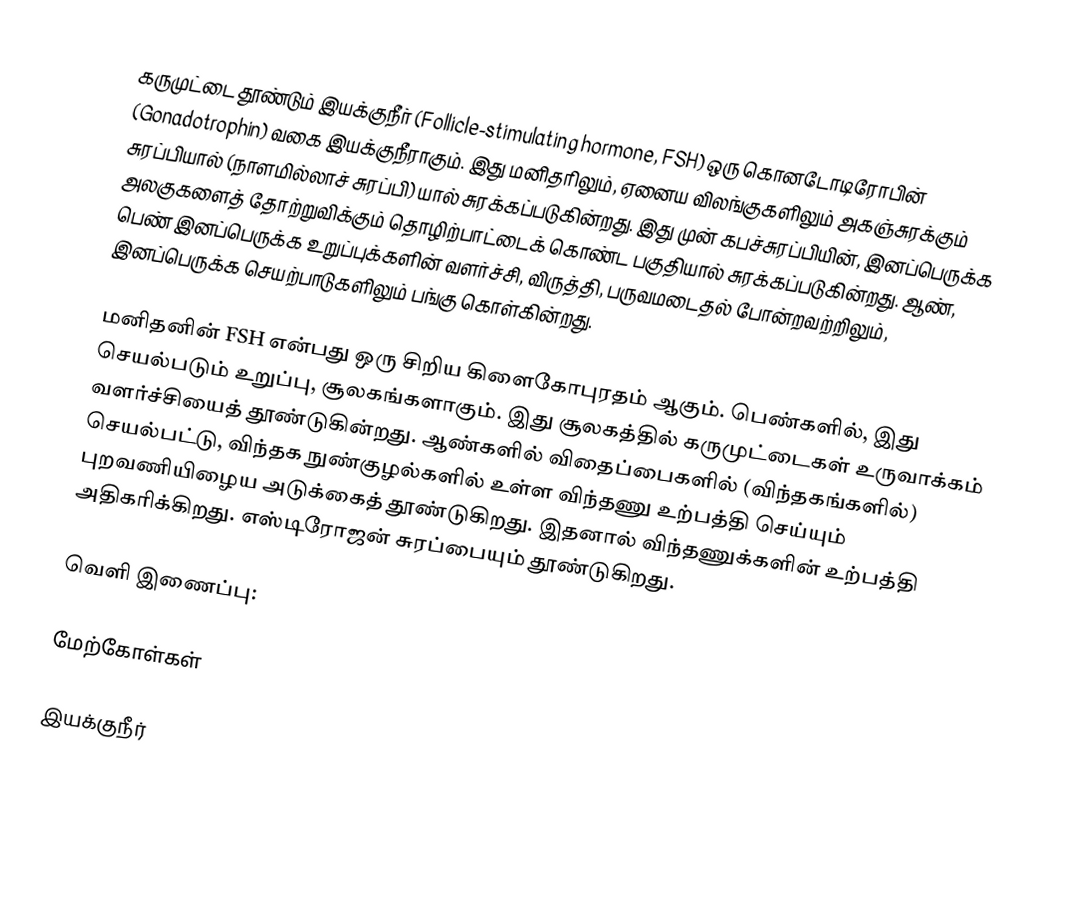
கருமுட்டை தூண்டும் இயக்குநீர் (Follicle-stimulating hormone, FSH) ஒரு கொனடோடிரோபின் (Gonadotrophin) வகை இயக்குநீராகும். இது மனிதரிலும், ஏனைய விலங்குகளிலும் அகஞ்சுரக்கும் சுரப்பியால் (நாளமில்லாச் சுரப்பி) யால் சுரக்கப்படுகின்றது. இது முன் கபச்சுரப்பியின், இனப்பெருக்க அலகுகளைத் தோற்றுவிக்கும் தொழிற்பாட்டைக் கொண்ட பகுதியால் சுரக்கப்படுகின்றது. ஆண், பெண் இனப்பெருக்க உறுப்புக்களின் வளர்ச்சி, விருத்தி, பருவமடைதல் போன்றவற்றிலும், இனப்பெருக்க செயற்பாடுகளிலும் பங்கு கொள்கின்றது.

மனிதனின் FSH என்பது ஒரு சிறிய கிளைகோபுரதம் ஆகும். பெண்களில், இது செயல்படும் உறுப்பு, சூலகங்களாகும். இது சூலகத்தில் கருமுட்டைகள் உருவாக்கம் வளர்ச்சியைத் தூண்டுகின்றது. ஆண்களில் விதைப்பைகளில் (விந்தகங்களில்) செயல்பட்டு, விந்தக நுண்குழல்களில் உள்ள விந்தணு உற்பத்தி செய்யும் புறவணியிழைய அடுக்கைத் தூண்டுகிறது. இதனால் விந்தணுக்களின் உற்பத்தி அதிகரிக்கிறது. எஸ்டிரோஜன் சுரப்பையும் தூண்டுகிறது.

வெளி இணைப்பு:

மேற்கோள்கள்

இயக்குநீர்